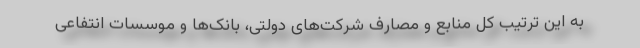
به این ترتیب کل منابع و مصارف شرکت‌های دولتی، بانک‌ها و موسسات انتفاعی